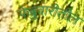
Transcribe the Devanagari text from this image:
फेब्रुवारीतील